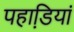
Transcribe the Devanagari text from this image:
पहाडि़यां